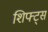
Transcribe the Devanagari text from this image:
शिफ्ट्स